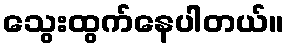
သွေးထွက်နေပါတယ်။